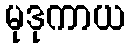
မုဒုကာယ